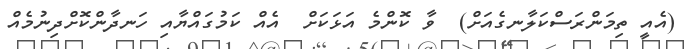
(އެއީ ތިމަންރަސްކަލާނގެއަށް)  ވާ ކޮންމެ އަޅަކަށް  އެއް ކަމުގައްޔާއި ހަނދާންކޮށްދިނުމެއް